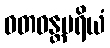
ဝတဝန္တမရိယံ